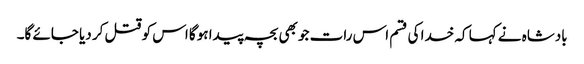
بادشاہ نے کہا کہ خدا کی قسم اس رات جو بھی بچہ پیدا ہوگا اس کو قتل کر دیا جائے گا۔